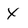
Character: x